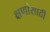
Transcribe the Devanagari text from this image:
क्षणांसाठी